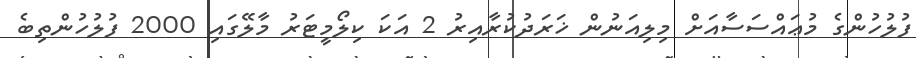
ފުލުހުންގެ މުޢައްސަސާއަށް މިލިއަނުން ޚަރަދުކުރާއިރު 2 އަކަ ކިލޯމީޓަރު މާލޭގައި 2000 ފުލުހުންތިބެ